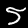
Digit: 5